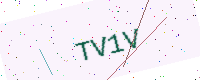
Text: TV1V